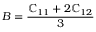
B = \frac { \mathbb { C } _ { 1 1 } + 2 \mathbb { C } _ { 1 2 } } { 3 }